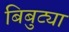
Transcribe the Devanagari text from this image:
बिबुट्या